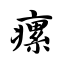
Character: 瘰